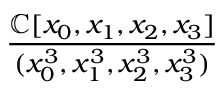
\frac { \mathbb { C } [ x _ { 0 } , x _ { 1 } , x _ { 2 } , x _ { 3 } ] } { ( x _ { 0 } ^ { 3 } , x _ { 1 } ^ { 3 } , x _ { 2 } ^ { 3 } , x _ { 3 } ^ { 3 } ) }